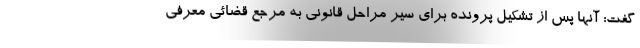
گفت: آنها پس از تشکیل پرونده برای سیر مراحل قانونی به مرجع قضائی معرفی